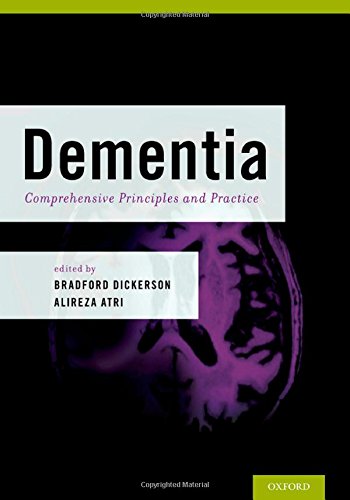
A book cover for Dementia: Comprehensive Principles and Practices; Health, Fitness & Dieting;